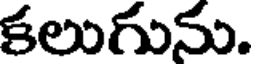
కలుగును.